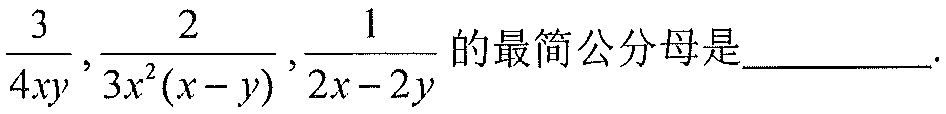
\(\frac{3}{4xy},\frac{2}{3x^{2}(x - y)},\frac{1}{2x - 2y}\)的最简公分母是  ．